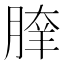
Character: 𦝯